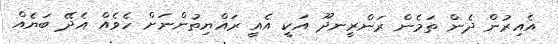
އެއިރުން ދެން ތަމެން ރަންރީނދޫ އަކީ އެއީ ރައްޔިތުންނަށް ހެވެއް އެދޭ ބަޔެއް